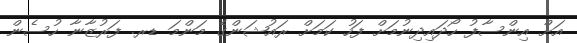
އަށް އިންސާފު ހޯދައިދިނުމަށް ފަހު ކަމަށް ރައުޝަންގެ މަންމަ ޑރ. ފަރުޒާނާ ހުސެން